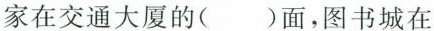
家在交通大厦的( )面，图书城在